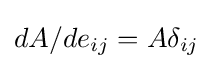
dA/de_{ij}=A\delta _{ij}